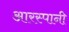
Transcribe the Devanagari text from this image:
आरस्पानी